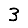
Digit: 3